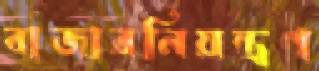
বাজারনিয়ন্ত্রণ